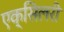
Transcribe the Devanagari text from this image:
एक्सिलरी